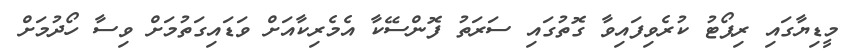
މީޑިޔާގައި ރިޕޯޓު ކުރެވިފައިވާ ގޮތުގައި ސަރަތު ފޮންސޭކާ އެމެރިކާއަށް ވަޑައިގަތުމަށް ވިސާ ހޯދުމަށް